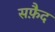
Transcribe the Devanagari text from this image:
सफै़द